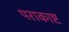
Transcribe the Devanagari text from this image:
पराकाष्ट